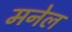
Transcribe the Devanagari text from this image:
मनेल